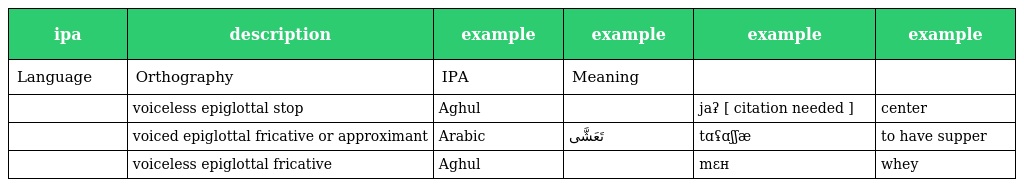
| ipa | description | example | example | example | example |
 | --- | --- | --- | --- | --- | --- |
 | Language | Orthography | IPA | Meaning |  |  |
 |  | voiceless epiglottal stop | Aghul |  | jaʡ [ citation needed ] | center |
 |  | voiced epiglottal fricative or approximant | Arabic | تَعَشَّى | tɑʢɑʃʃæ | to have supper |
 |  | voiceless epiglottal fricative | Aghul |  | mɛʜ | whey |